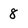
Character: 8